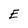
Character: E